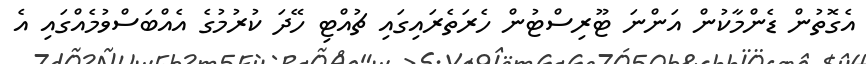
އެގޮތުން ޑެންމާކުން އަންނަ ޓޫރިސްޓުން ހެރަތެރައިގައި ޗުއްޓި ހޭދަ ކުރުމުގެ އެއްބަސްވުމެއްގައި އެ